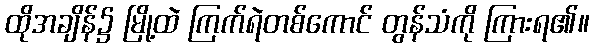
ထိုအချိန်၌ မြို့ထဲ ကြက်ရဲတစ်ကောင် တွန်သံကို ကြားရ၏။